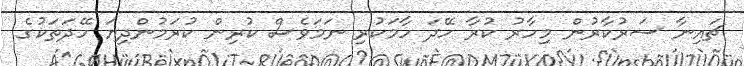
ޗައިނާ ސަރުކާރުން މިހާރު ކުރާ ހޭދަ ހާމަކުރި ނަމަވެސް ކުރިން ކުރަމުންދިޔަ ހޭދަތަކުގެ